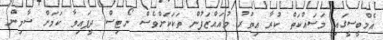
އެމްބީސީގައި މަސައްކަތް ކުރާ އިތުރު މުއައްޒަފުން ތަކަކަށްވެސް ނޯޓިސް ދީފައިވާ ކަމަށް ޝާމިން